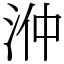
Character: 㳞